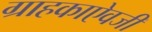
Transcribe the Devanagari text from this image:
ग्राहकाऐवजी